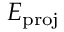
E _ { \mathrm { p r o j } }